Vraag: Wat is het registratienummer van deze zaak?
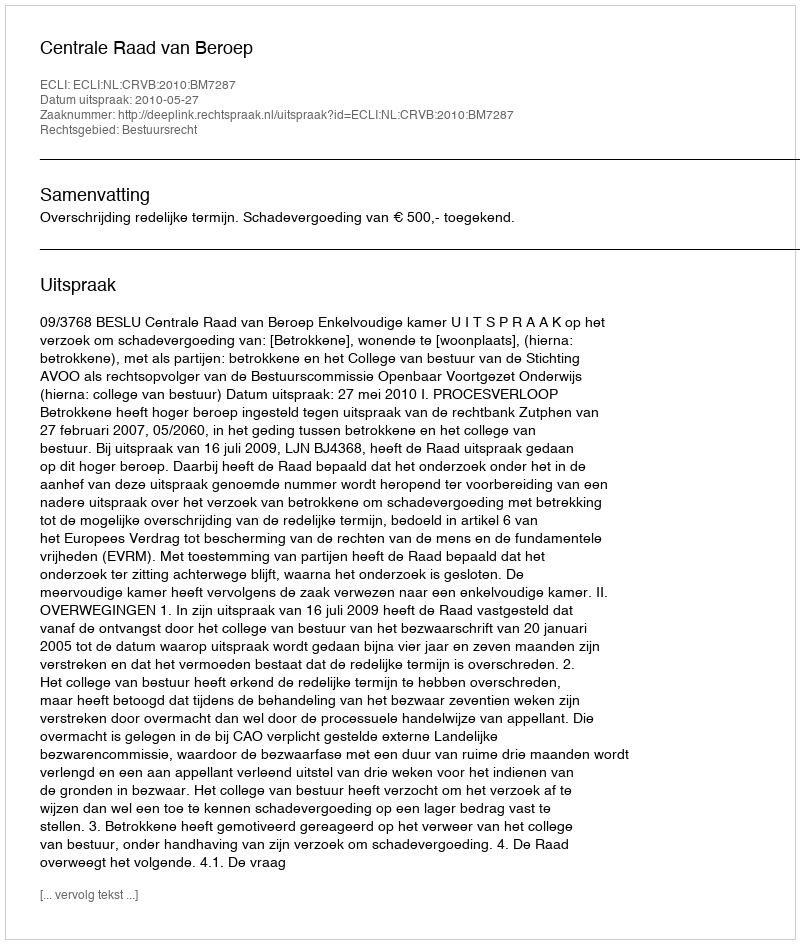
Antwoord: http://deeplink.rechtspraak.nl/uitspraak?id=ECLI:NL:CRVB:2010:BM7287